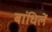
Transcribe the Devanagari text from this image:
बांधिलें